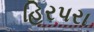
હિરપરા